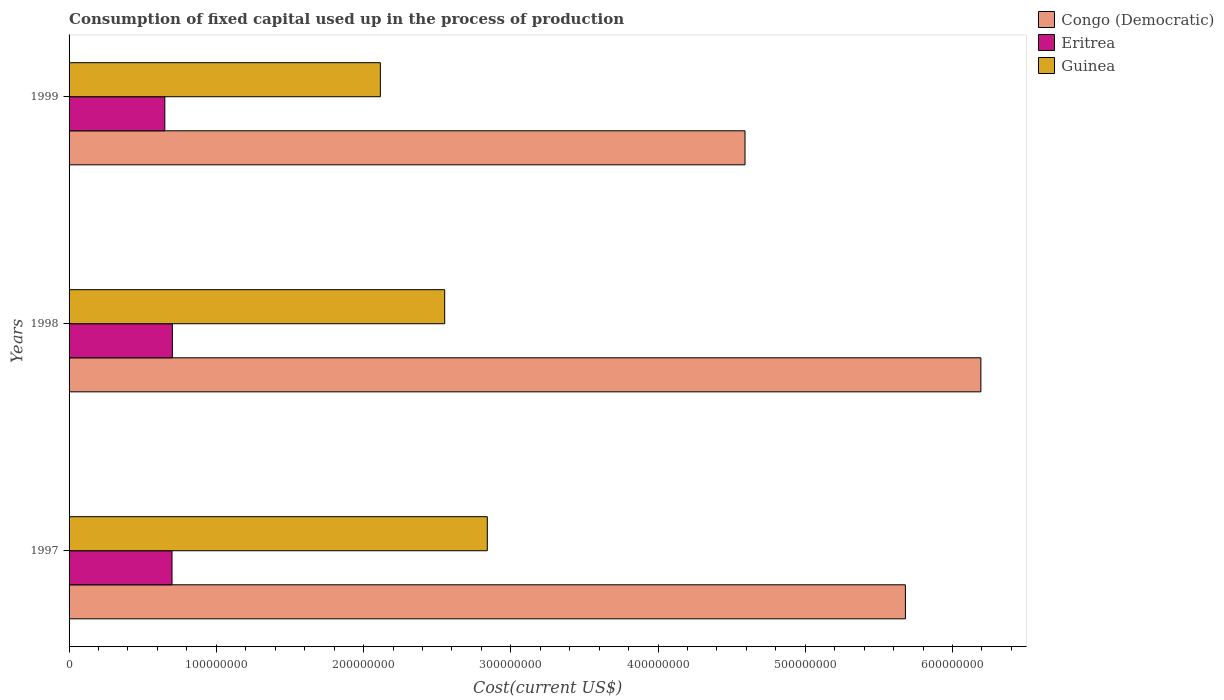
| Years | Congo (Democratic) | Eritrea | Guinea |
 | --- | --- | --- | --- |
 | 1997 | 5.68e+08 | 6.99e+07 | 2.84e+08 |
 | 1998 | 6.19e+08 | 7.02e+07 | 2.55e+08 |
 | 1999 | 4.59e+08 | 6.5e+07 | 2.11e+08 |